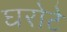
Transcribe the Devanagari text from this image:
घरोटे